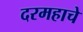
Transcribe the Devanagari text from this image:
दरमहाचे